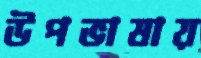
উপভাষায়